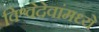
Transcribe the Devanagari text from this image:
विश्वेदेवांमध्ये